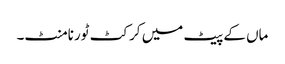
ماں کے پیٹ میں کرکٹ ٹورنامنٹ۔